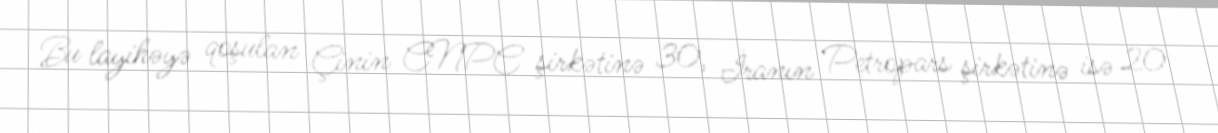
Bu layihəyə qoşulan Çinin CNPC şirkətinə 30, İranın Petropars şirkətinə isə 20